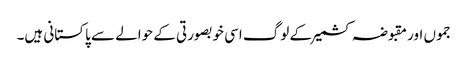
جموں اور مقبوضہ کشمیر کے لوگ اسی خوبصورتی کے حوالے سے پاکستانی ہیں۔